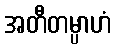
အတီတမ္ပာဟံ